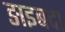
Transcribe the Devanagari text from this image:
ङाइबदा